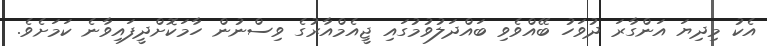
އެކު މިދިޔަ އަންގާރަ ދުވަހު ބޭއްވެވި ބައްދަލުވުމުގައި ޖީއެމްއާރުގެ ވިސްނުން ހާމަކޮށްދީފައިވާނެ ކަމަށެވެ.